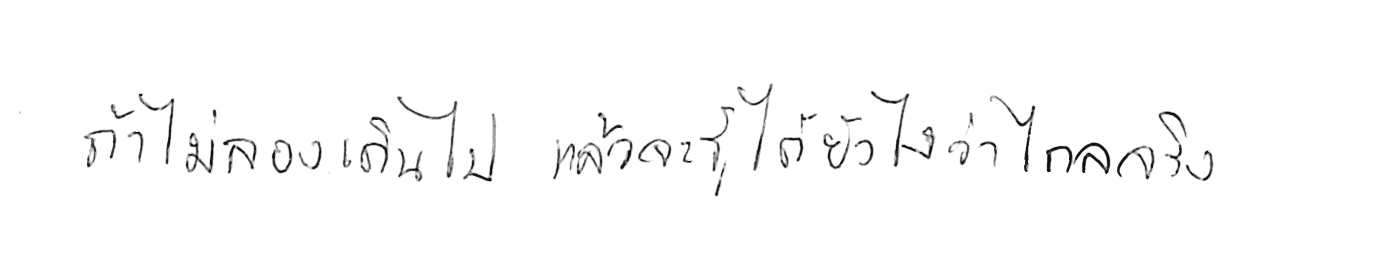
ถ้าไม่ลองเดินไป แล้วจะรู้ได้ยังไงว่าไกลจริง